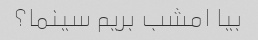
بیا امشب بریم سینما؟